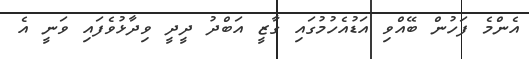
އެންމެ ފަހުން ބޭއްވި އަޑުއެހުމުގައި ގާޒީ އަބްދު ދީދީ ވިދާޅުވެފައި ވަނީ އެ